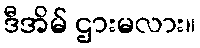
ဒီအိမ် ဌားမလား။